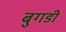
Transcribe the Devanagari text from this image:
बुगडी